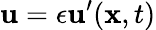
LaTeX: \mathbf{u}=\epsilon\mathbf{u}^{\prime}(\mathbf{x},t)